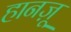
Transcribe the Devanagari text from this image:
हानज़ू